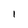
Character: l